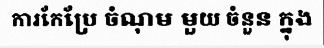
ការកែប្រែ ចំណុម មួយ ចំនួន ក្នុង